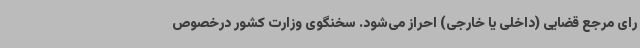
رای مرجع قضایی (داخلی یا خارجی) احراز می‌شود. سخنگوی وزارت کشور درخصوص